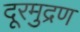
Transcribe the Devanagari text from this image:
दूरमुद्रण